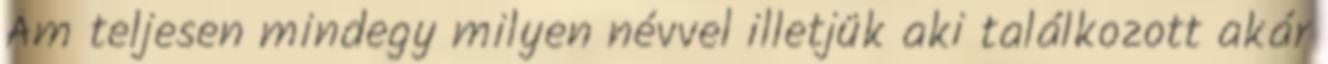
Ám teljesen mindegy milyen névvel illetjük aki találkozott akár